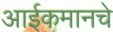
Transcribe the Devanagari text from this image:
आईकमानचे